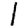
Digit: 1